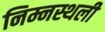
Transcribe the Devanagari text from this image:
निम्नस्थली